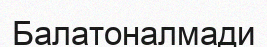
Балатоналмади